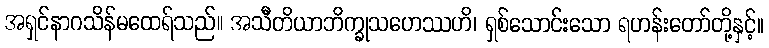
အရှင်နာဂသိန်မထေရ်သည်။ အသီတိယာဘိက္ခုသဟေဿဟိ၊ ရှစ်သောင်းသော ရဟန်းတော်တို့နှင့်။